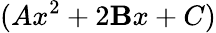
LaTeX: (Ax^{2}+2\mathbf{B}x+C)